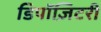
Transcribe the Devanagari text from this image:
डिपॉज़िटरी